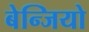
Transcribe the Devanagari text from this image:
बेन्जियो